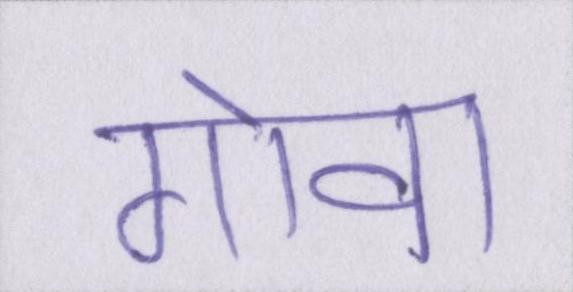
गोवा